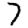
Digit: 7